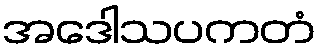
အဒေါသပကတံ